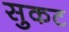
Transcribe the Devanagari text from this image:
सुकट